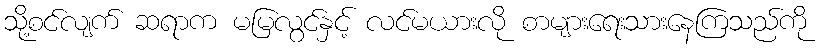
သို့စင်လျက် ဆရာက မမြလွင်နှင့် လင်မယားလို စာများရေးသားနေကြသည်ကို